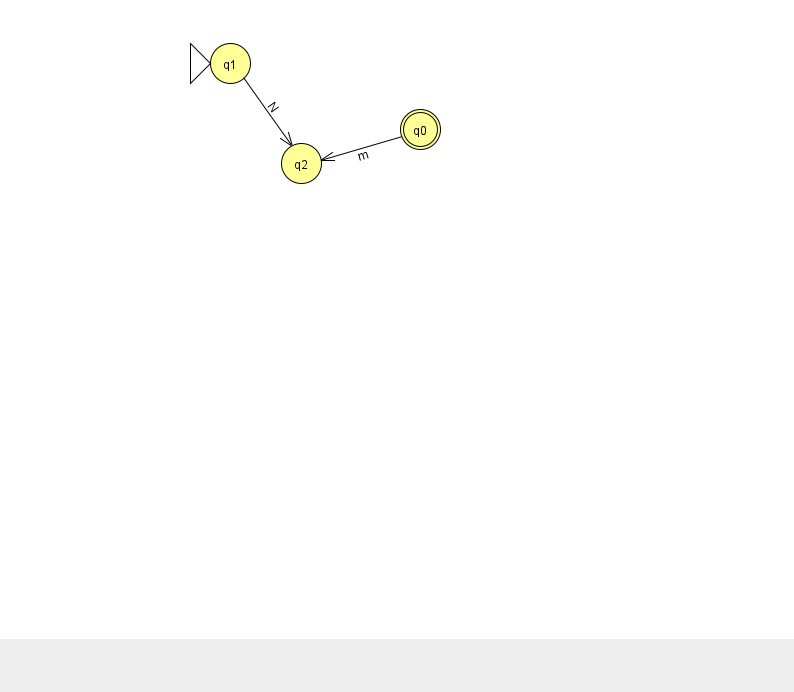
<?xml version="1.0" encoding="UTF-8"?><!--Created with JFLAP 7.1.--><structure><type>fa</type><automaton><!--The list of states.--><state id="0" name="q0"><x>420.0</x><y>116.0</y><final/></state><state id="1" name="q1"><x>230.0</x><y>50.0</y><initial/></state><state id="2" name="q2"><x>301.0</x><y>150.0</y></state><!--The list of transitions.--><transition><from>0</from><to>2</to><read>m</read></transition><transition><from>1</from><to>2</to><read>N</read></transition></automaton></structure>